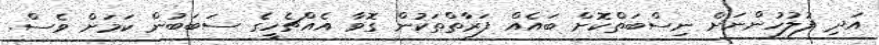
އަދި ފުލުހުންނަށް ނިސްބަތްކޮށް ބައެއް ފަރާތްތަކުން ގޮވާ އެއްޗެހީގެ ސަބަބުން ކަމަށް ވެސް.